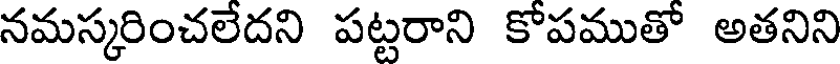
నమస్కరించలేదని పట్టరాని కోపముతో అతనిని